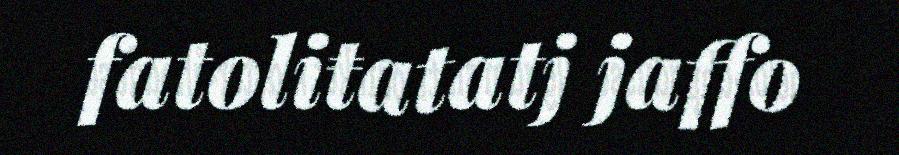
fatoliŧatatj jaffo